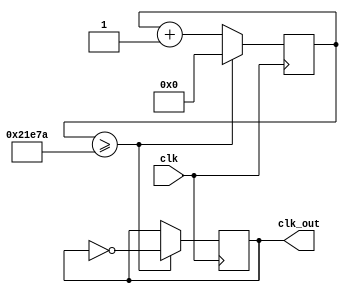
`timescale 1ns / 1ps
//////////////////////////////////////////////////////////////////////////////////
// Company: AMD
// 
// Design Name: Calculator with ROM
// Module Name: top
// Project Name: Day 4's work : week 2
// Target Devices: xc7z007sclg400-1
// Tool Versions: --/--
// Description: 
// 
// Dependencies: None
// 
// Revision: 0.01
// Revision 0.01 - File Created
// Additional Comments:
// 
//////////////////////////////////////////////////////////////////////////////////

module clk_divider(
    input clk,
    output reg clk_out
);
    // we want 60hz, if clock is 33.33MHz we divide this value by 60 * 4 to reduce flicker
    localparam di = 138875; // 33.33 MHz * 1 second -> faster: divide this value
    reg [31:0] counter;  
    always @(posedge clk)
    begin
        if (counter >= di - 1) begin
            counter <= 0;
            clk_out <= ~clk_out; // toggle clk_out every di clock cycles
        end else begin
            counter <= counter + 1;
        end
    end
endmodule

module reg_n#(parameter DATA_WIDTH=12) (
        input pl,
        input [DATA_WIDTH - 1:0] di,
        output reg [DATA_WIDTH - 1:0] do
        );
        always@(di)
            if(pl)
                do <= di;
endmodule

module ALU #(parameter DATA_WIDTH = 12)(
        input [DATA_WIDTH - 1:0] A,
        input [DATA_WIDTH - 1:0] B,
        input [3:0] OP,
        output reg ERR_RESERVED,
        output reg OF, // overflow / underflow bit : if set such error happened
        output reg ZERO, // returns 1 if logical expression is true
        output reg [DATA_WIDTH - 1:0] O
    );
    
    always@(A or B or OP)
        case(OP)
            4'b0000: begin 
                        {OF, O} = A + B;
                        ZERO = 1'b0;
                        ERR_RESERVED = 1'b0;
                     end
            4'b0001: begin
                        {OF, O} = A + (~B + 1); // A - B
                        ZERO = 1'b0;
                        ERR_RESERVED = 1'b0;
                     end
            4'b0010: begin
                        {OF, O} = A << B; // we will consider OF as CY out
                        ZERO = 1'b0;
                        ERR_RESERVED = 1'b0;
                     end
            4'b0011: begin
                        O = A >> B; // we could do the same here
                        ZERO = 1'b0;
                        ERR_RESERVED = 1'b0;
                     end
            4'b0100: begin 
                        ZERO = (A == B) ? 1'b1 : 1'b0; // if we want O = {{DATA_WIDTH - 1{1'b0}}, 1'b1} : {DATA_WIDTH{1'b0}};
                        OF = 1'b0;
                        ERR_RESERVED = 1'b0;
                        O = {DATA_WIDTH{1'b0}};
                     end
            4'b0101: begin
                        ZERO = (A > B) ? 1'b1 : 1'b0; 
                        OF = 1'b0;
                        ERR_RESERVED = 1'b0;
                        O = {DATA_WIDTH{1'b0}};
                     end
            4'b0110: begin
                        ZERO = (A < B) ? 1'b1 : 1'b0;
                        OF = 1'b0;
                        ERR_RESERVED = 1'b0;
                        O = {DATA_WIDTH{1'b0}};
                     end
            default:  begin
                            ERR_RESERVED = 1'b1;
                            ZERO = 1'b0;
                            OF = 1'b0;
                            O = {DATA_WIDTH{1'b0}};
                      end
        endcase
endmodule

module dig_dec(
        input [3:0] di,
        output reg a,
        output reg b,
        output reg c,
        output reg d,
        output reg e,
        output reg f,
        output reg g
    );
    // we code the led display (from left to right)
    //  __  a
    // |  | f and b
    //  --    g
    // |  |  e and c
    //  __    d
    always@(di)
    begin
            case(di)                              //abcdefg
                4'b0000: {a, b, c, d, e, f, g} = 7'b1111110; // 0 -> a, b, c, d, e, f
                4'b0001: {a, b, c, d, e, f, g} = 7'b0110000; // 1 -> b, c
                4'b0010: {a, b, c, d, e, f, g} = 7'b1101101; // 2 -> a, b, d, e, g
                4'b0011: {a, b, c, d, e, f, g} = 7'b1111001; // 3 -> a, b, c, d, g 
                4'b0100: {a, b, c, d, e, f, g} = 7'b0110011; // 4 -> b, c, f, g
                4'b0101: {a, b, c, d, e, f, g} = 7'b1011011; // 5 -> a, c, d, f, g
                4'b0110: {a, b, c, d, e, f, g} = 7'b1011111; // 6 -> a, f, g, c, d, e
                4'b0111: {a, b, c, d, e, f, g} = 7'b1110000; // 7 -> a, b, c
                4'b1000: {a, b, c, d, e, f, g} = 7'b1111111; // 8 -> a, b, c, d, e, f, g
                4'b1001: {a, b, c, d, e, f, g} = 7'b1111011; // 9 -> a, b, c, d, f, g
                4'b1010: {a, b, c, d, e, f, g} = 7'b1110111; // 10 (A) -> a, b, c, e, f, g
                4'b1011: {a, b, c, d, e, f, g} = 7'b0011111; // 11 (b) -> f, g, c, d, e
                4'b1100: {a, b, c, d, e, f, g} = 7'b0001101; // 12 (c) -> d, e, g
                4'b1101: {a, b, c, d, e, f, g} = 7'b0111101; // 13 (d) -> b, c, d, e, g
                4'b1110: {a, b, c, d, e, f, g} = 7'b1001111; // 14 (E) -> a, d, e, f, g
                4'b1111: {a, b, c, d, e, f, g} = 7'b1000111; // 15 (F) -> a, e, f, g 
                default: {a, b, c, d, e, f, g} = 7'b0000001; // - (err) -> g
        endcase
        {a, b, c, d, e, f, g} = ~{a, b, c, d, e, f, g};
    end
endmodule

module dec2_4(
        input [1:0] ain,
        output reg [3:0] aout
        );
        
        always@(ain)
        begin
            case(ain)
                2'b00: aout = 4'b0001;
                2'b01: aout = 4'b0010;
                2'b10: aout = 4'b0100;
                2'b11: aout = 4'b1000;
            endcase
            aout = ~aout;
        end
endmodule

module dec_debug( // this module will act as a selection for debug
        input [2:0] ain,
        output reg [1:0] aout
        );
        
        always@(ain)
        begin
            case(ain)
                3'b000: aout = 2'b00; // alu_out
                3'b100: aout = 2'b01; // a
                3'b010: aout = 2'b10; // b
                3'b001: aout = 2'b11; // op
                default: aout = 2'b00; // defaults to alu_out
            endcase
        end 
endmodule

module dec_errf( // this module will act as SEGMENT 0 from the LED display
        input [2:0] ain,
        output reg [3:0] aout
        );
        always@(ain)
            case(ain)
                3'b100: aout = 4'b1110; // 14 (E)
                3'b010: aout = 4'b1000; // 8 (OF)
                3'b001: aout = 4'b0010; // 2 (Z)
                default: aout = 4'b0000; // 0 (OK)
            endcase
endmodule

module cnt2(
        input clk,
        output reg [1:0] do
        );       
        always@(posedge clk)
        begin
            if(do <= 2'b11)
                do <= do + 1;
            else
                do <= 2'b00;
        end
endmodule

module RAM(
        input clk,
        input [31:0] DIN,
        input [7:0] ADDR,
        input RW,
        output reg [31:0] OUT
        );
        reg [31:0] ram_content [99:0]; // ONE-HOT lines.
        
        initial begin
            ram_content[0] = 0;
            ram_content[1] = 0;
            ram_content[2] = 0;
            ram_content[3] = 0;
            ram_content[4] = 0;
            ram_content[5] = 0;
            ram_content[6] = 0;
            ram_content[7] = 0;
            ram_content[8] = 0;
            ram_content[9] = 0;
            ram_content[10] = 0;
            ram_content[11] = 0;
            ram_content[12] = 0;
            ram_content[13] = 0;
            ram_content[14] = 0;
            ram_content[15] = 0;
            ram_content[16] = 0;
            ram_content[17] = 0;
            ram_content[18] = 0;
            ram_content[19] = 0;
            ram_content[20] = 0;
            ram_content[21] = 0;
            ram_content[22] = 0;
            ram_content[23] = 0;
            ram_content[24] = 0;
            ram_content[25] = 0;
            ram_content[26] = 0;
            ram_content[27] = 0;
            ram_content[28] = 0;
            ram_content[29] = 0;
            ram_content[30] = 0;
            ram_content[31] = 0;
            ram_content[32] = 0;
            ram_content[33] = 0;
            ram_content[34] = 0;
            ram_content[35] = 0;
            ram_content[36] = 0;
            ram_content[37] = 0;
            ram_content[38] = 0;
            ram_content[39] = 0;
            ram_content[40] = 0;
            ram_content[41] = 0;
            ram_content[42] = 0;
            ram_content[43] = 0;
            ram_content[44] = 0;
            ram_content[45] = 0;
            ram_content[46] = 0;
            ram_content[47] = 0;
            ram_content[48] = 0;
            ram_content[49] = 0;
            ram_content[50] = 0;
            ram_content[51] = 0;
            ram_content[52] = 0;
            ram_content[53] = 0;
            ram_content[54] = 0;
            ram_content[55] = 0;
            ram_content[56] = 0;
            ram_content[57] = 0;
            ram_content[58] = 0;
            ram_content[59] = 0;
            ram_content[60] = 0;
            ram_content[61] = 0;
            ram_content[62] = 0;
            ram_content[63] = 0;
            ram_content[64] = 0;
            ram_content[65] = 0;
            ram_content[66] = 0;
            ram_content[67] = 0;
            ram_content[68] = 0;
            ram_content[69] = 0;
            ram_content[70] = 0;
            ram_content[71] = 0;
            ram_content[72] = 0;
            ram_content[73] = 0;
            ram_content[74] = 0;
            ram_content[75] = 0;
            ram_content[76] = 0;
            ram_content[77] = 0;
            ram_content[78] = 0;
            ram_content[79] = 0;
            ram_content[80] = 0;
            ram_content[81] = 0;
            ram_content[82] = 0;
            ram_content[83] = 0;
            ram_content[84] = 0;
            ram_content[85] = 0;
            ram_content[86] = 0;
            ram_content[87] = 0;
            ram_content[88] = 0;
            ram_content[89] = 0;
            ram_content[90] = 0;
            ram_content[91] = 0;
            ram_content[92] = 0;
            ram_content[93] = 0;
            ram_content[94] = 0;
            ram_content[95] = 0;
            ram_content[96] = 0;
            ram_content[97] = 0;
            ram_content[98] = 0;
            ram_content[99] = 0;
            
            // or use for(integer i = 0; i < 100; i = i + 1) ram_content[i] = 0;
            // but synthesis will not be possible!!!
        end
        
        always@(posedge clk)
            if(RW)
                OUT <= ram_content[ADDR];
            else begin
                OUT <= {32{1'b0}};
                ram_content[ADDR] <= DIN;
            end
endmodule

module ROM(
        input clk,
        input EN,
        output reg [31:0] OUT
        );
        reg [31:0] rom_content [99:0];
        reg [7:0] addr;
        
        initial begin
        addr = 0;
        $readmemb ("rom_content.mem", rom_content);
        end
        
        always@(posedge clk)
            if(EN) begin
                OUT <= rom_content[addr];
                if(addr <= 99) // maximum of 100 instructions
                    addr = addr + 1;
                else
                    addr = 0;
            end
endmodule

module one_period(
        input clk,
        input in,
        output out
        );
        
   reg [1:0] cs;
   reg [1:0] ns;
   
   always@(posedge clk)
        cs <= ns;
        
   always@(cs or in)
        case({cs, in}) // we treat the case in which the clock is very fast.
            3'b00_0 : ns = 2'b00; // state 0: button is not pressed
            3'b00_1 : ns = 2'b01; // we press the button, we enter the state in which we should execute
            3'b01_0 : ns = 2'b00; // if we release, we return in state 0
            3'b01_1 : ns = 2'b10; // if we hold, we enter the hold state
            3'b10_0 : ns = 2'b00; // if we release, we exit hold state
            3'b10_1 : ns = 2'b10; // if we hold the button, we stay here
        endcase
        
   assign out = (cs == 2'b01) ? 1'b1 : 1'b0;
   
endmodule

module control(
        input [7:0] cmd,
        output reg RW,
        output reg MEM_OR_ALU
        );
        always@(cmd)
            casex(cmd)
                8'bxxxx_00xx,
                8'bxxxx_010x,
                8'bxxxx_0110: begin
                                RW = 1'b1; 
                                MEM_OR_ALU = 1'b0; // alu operations
                              end
               8'bxxxx_0111: begin
                                RW = 1'b0; // write
                                MEM_OR_ALU = 1'b1; // memory operation
                             end
               8'bxxxx_1000: begin
                                RW = 1'b1; // read
                                MEM_OR_ALU = 1'b1; // memory operation
                             end
               default: begin
                            RW = 1'b1;
                            MEM_OR_ALU = 1'b0;
                        end 
            endcase
endmodule

module top(
        input clk,
        input STEP_INSTRUCTION,
        //input BTN4_PL,
        input BTN0,
        input BTN1,
        input BTN2,
        output a,
        output b,
        output c,
        output d,
        output e,
        output f,
        output g,
        output A1,
        output A2,
        output A3, 
        output A4
        );
        
        parameter operand_size = 12;
        
        wire [31:0] ROM_OUT;
        
        wire oneperiod_out;
        
        // control variables
        wire MEMorALU;
        wire MEM_RW;
        
        // ram variables
        wire [31:0] RAM_OUT;
        
        wire [3:0] dig_dec_in;
        wire [1:0] cnt2_out;
        wire clk_divided;
        
        
        // register variables
        /*wire [operand_size - 1:0] rega_in;
        wire [operand_size - 1:0] regb_in;
        wire [operand_size - 1:0] regop_in;*/
        
        wire [operand_size - 1:0] rega_out;
        wire [operand_size - 1:0] regb_out;
        wire [3:0] regop_out;
        
        wire [operand_size - 1:0] alu_out;
        wire alu_err;
        wire alu_of;
        wire alu_zero;
        
        wire [1:0] debug_cmd;
        
        wire [3:0] errf_out;
        
        wire [operand_size - 1:0] mux_dbg;
        
        wire [15:0] din_main; // this will be the input to the leds
        
        clk_divider clkdiv(
            .clk(clk),
            .clk_out(clk_divided)
            );
            
        one_period onep_inst(
            .clk(clk),
            .in(STEP_INSTRUCTION),
            .out(oneperiod_out)
            );
            
        control control_inst(
            .cmd(ROM_OUT[31:2 * operand_size]),
            .RW(MEM_RW),
            .MEM_OR_ALU(MEMorALU)
            );  
            
        ROM rom_inst(
            .clk(clk),
            .EN(oneperiod_out),
            .OUT(ROM_OUT)
            );    
        
        RAM RAM_inst(
            .clk(clk),
            .DIN({{16{1'b0}}, ROM_OUT[2 * operand_size - 1:8]}),
            .ADDR(ROM_OUT[7:0]), // 8 bit address
            .RW(MEM_RW),
            .OUT(RAM_OUT)
            ); 
            
        //assign rega_in = (MEMorALU & RW) ? RAM_OUT[operand_size - 1:0] : ROM_OUT[operand_size - 1:0]);
        
        reg_n#(operand_size) reg_a(
            .pl(1'b1),
            .di(ROM_OUT[operand_size - 1:0]),
            .do(rega_out)
            );
            
        reg_n#(operand_size) reg_b(
            .pl(1'b1),
            .di(ROM_OUT[2 * operand_size - 1:operand_size]),
            .do(regb_out)
            ); 
              
        reg_n#(4) reg_op(
            .pl(1'b1),
            .di(ROM_OUT[27:2 * operand_size]),
            .do(regop_out)
            );
           
         ALU#(operand_size) alu(
            .A(rega_out),
            .B(regb_out),
            .OP(regop_out),
            .ERR_RESERVED(alu_err),
            .OF(alu_of),
            .ZERO(alu_zero),
            .O(alu_out)
            );     
            
        dec_debug decdbg(
            .ain({BTN0, BTN1, BTN2}),
            .aout(debug_cmd)
            );
            
       dec_errf decerrf(
            .ain({alu_err, alu_of, alu_zero}),
            .aout(errf_out)
            );
            
       assign mux_dbg = (debug_cmd == 2'b00) ? alu_out :
                        (debug_cmd == 2'b01) ? rega_out :
                        (debug_cmd == 2'b10) ? regb_out :
                        (debug_cmd == 2'b11) ? {{operand_size - 4{1'b0}}, regop_out} :
                                                alu_out;
                                                
      assign din_main = (MEMorALU == 1'b1) ? RAM_OUT[15:0] : {errf_out, mux_dbg};        
        
        cnt2 cnt(
            .clk(clk_divided),
            .do(cnt2_out)
            );
            
        dig_dec digdec(
            .di(dig_dec_in),
            .a(a),
            .b(b),
            .c(c),
            .d(d),
            .e(e),
            .f(f),
            .g(g)
            );
        
        
        dec2_4 dec(
            .ain(cnt2_out),
            .aout({A4, A3, A2, A1})
            );
            
        assign dig_dec_in = (cnt2_out == 2'b00) ? din_main[3:0] :
                            (cnt2_out == 2'b01) ? din_main[7:4] :
                            (cnt2_out == 2'b10) ? din_main[11:8] :
                            (cnt2_out == 2'b11) ? din_main[15:12] : 4'bxxxx;
        
endmodule

/*
module tb_top;
    reg clkt;
    reg [15:0] dit;
    wire at, bt, ct, dt, et, ft, gt;
    wire A1t, A2t, A3t, A4t;
    
    top dut(
        .clk(clkt),
        .di(dit),
        .a(at),
        .b(bt),
        .c(ct),
        .d(dt),
        .e(et),
        .f(ft),
        .g(gt),
        .A1(A1t),
        .A2(A2t),
        .A3(A3t),
        .A4(A4t)
        );
        
    initial
        #160 $finish;
        
    initial
    begin
        #0 clkt = 1'b0;
        forever #5 clkt = ~clkt;
    end
    
    initial
        #0 dit = 16'b1000_0100_0010_0000;
        
endmodule
*/